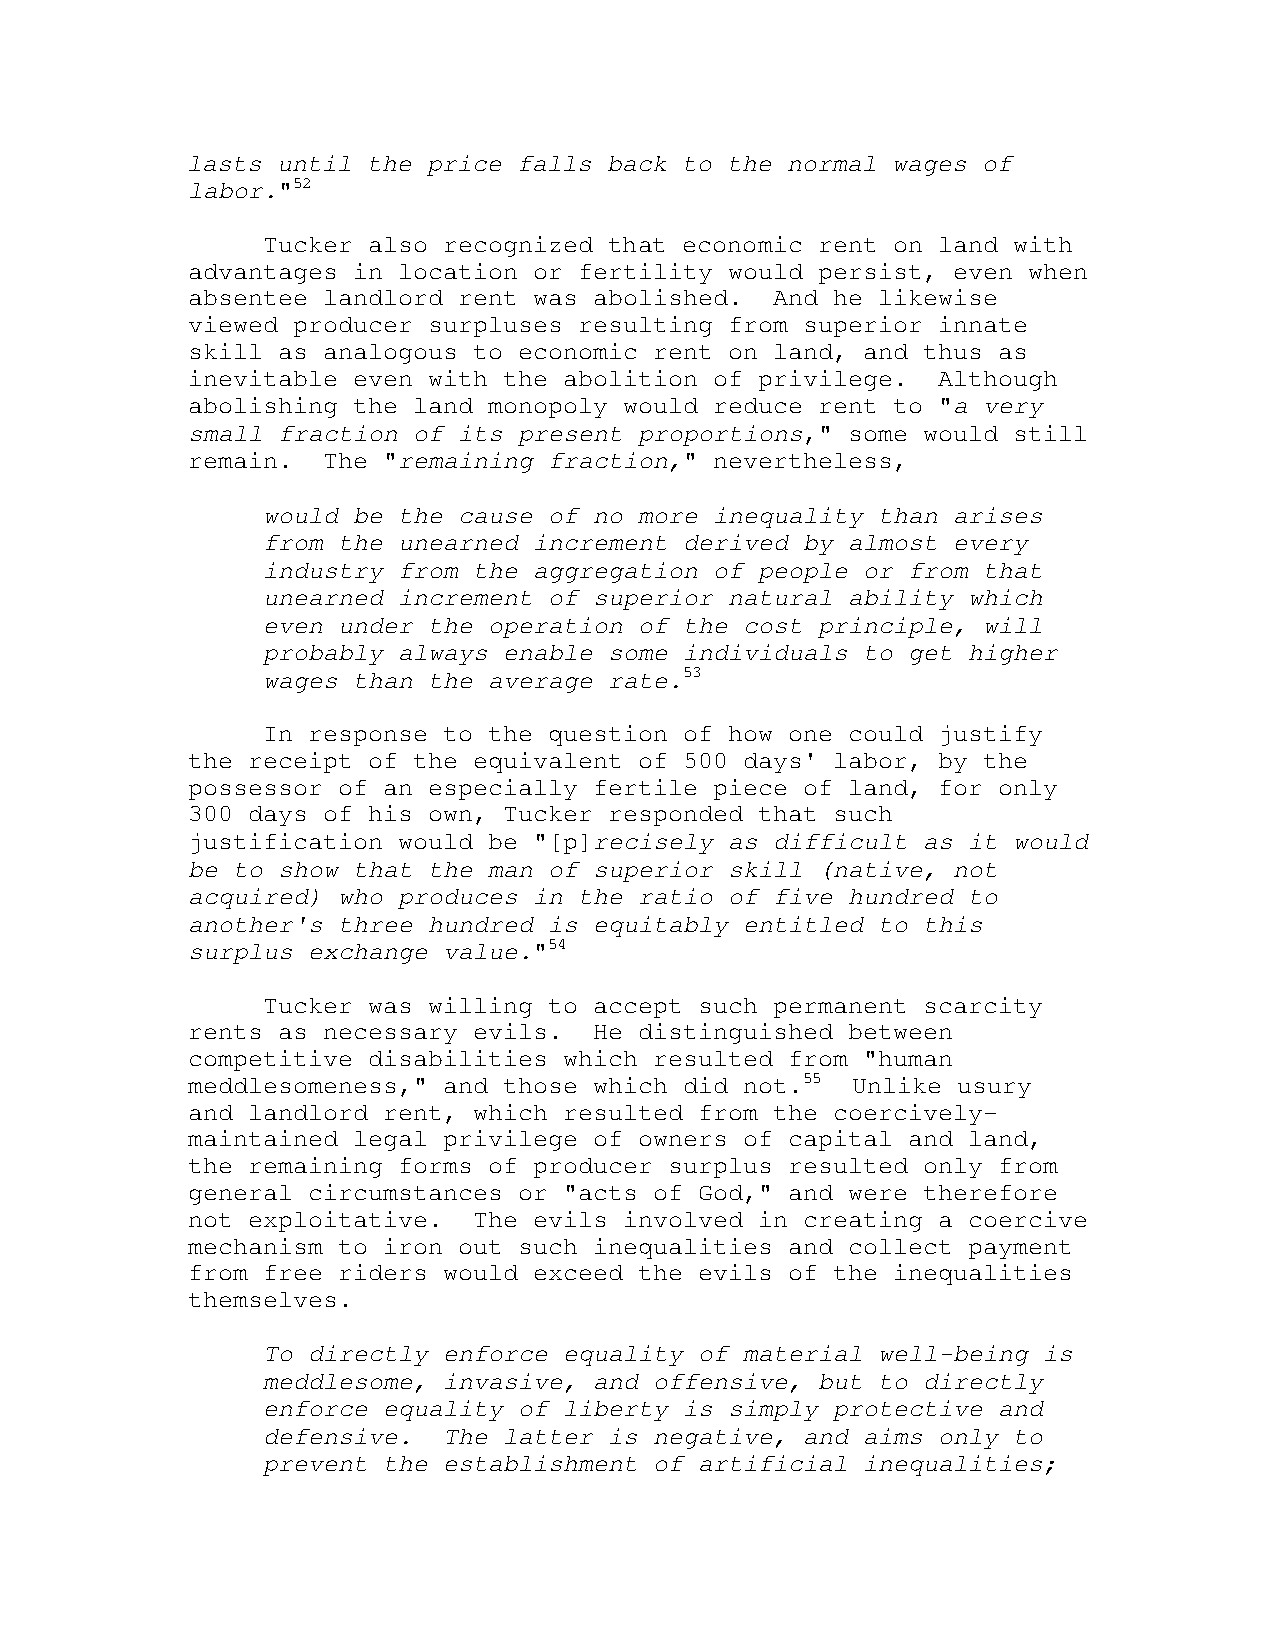
lasts until the price falls back to the normal wages of
 labor."52
 Tucker also recognized that economic rent on land with
 advantages in location or fertility would persist, even when
 absentee landlord rent was abolished.  And he likewise
 viewed producer surpluses resulting from superior innate
 skill as analogous to economic rent on land, and thus as
 inevitable even with the abolition of privilege.  Although
 abolishing the land monopoly would reduce rent to "a very
 small fraction of its present proportions," some would still
 remain.  The "remaining fraction," nevertheless,
 would be the cause of no more inequality than arises
 from the unearned increment derived by almost every
 industry from the aggregation of people or from that
 unearned increment of superior natural ability which
 even under the operation of the cost principle, will
 probably always enable some individuals to get higher
 wages than the average rate.53
 In response to the question of how one could justify
 the receipt of the equivalent of 500 days' labor, by the
 possessor of an especially fertile piece of land, for only
 300 days of his own, Tucker responded that such
 justification would be "[p]recisely as difficult as it would
 be to show that the man of superior skill (native, not
 acquired) who produces in the ratio of five hundred to
 another's three hundred is equitably entitled to this
 surplus exchange value."54
 Tucker was willing to accept such permanent scarcity
 rents as necessary evils.  He distinguished between
 competitive disabilities which resulted from "human
 meddlesomeness," and those which did not.55 Unlike usury
 and landlord rent, which resulted from the coercively-
 maintained legal privilege of owners of capital and land,
 the remaining forms of producer surplus resulted only from
 general circumstances or "acts of God," and were therefore
 not exploitative.  The evils involved in creating a coercive
 mechanism to iron out such inequalities and collect payment
 from free riders would exceed the evils of the inequalities
 themselves.
 To directly enforce equality of material well-being is
 meddlesome, invasive, and offensive, but to directly
 enforce equality of liberty is simply protective and
 defensive.  The latter is negative, and aims only to
 prevent the establishment of artificial inequalities;